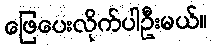
ဖြေပေးလိုက်ပါဦးမယ်။